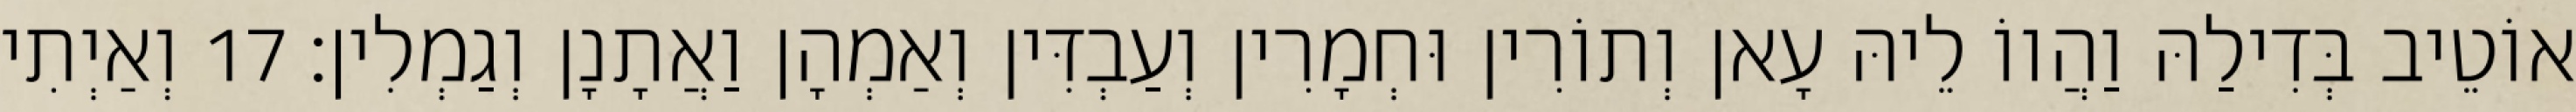
אוֹטֵיב בְּדִילַהּ וַהֲווֹ לֵיהּ עָאן וְתוֹרִין וּחְמָרִין וְעַבְדִּין וְאַמְהָן וַאֲתָנָן וְגַמְלִין׃ 17 וְאַיְתִי